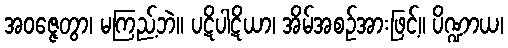
အဝဇ္ဇေတွာ၊ မကြည့်ဘဲ။ ပဋိပါဋိယာ၊ အိမ်အစဉ်အားဖြင့်။ ပိဏ္ဍာယ၊